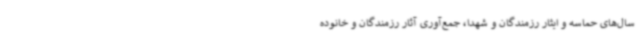
سال‌های حماسه و ایثار رزمندگان و شهدا، جمع‌آوری آثار رزمندگان و خانوده